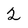
Character: 2